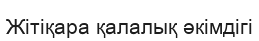
Жітіқара қалалық әкімдігі